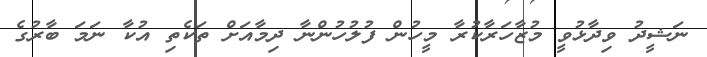
ނަޝީދު ވިދާޅުވީ މުޒާހަރާކުރާ މީހުން ފުލުހުންނާ ދިމާއަށް ތަކެތި އުކާ ނަމަ ބާރުގެ